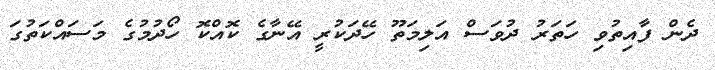
ދެން ފާއިތުވި ހަަތަރު ދުވަސް އަލިމަތޫ ހޭދަކުރީ އޭނާގެ ކޮއްކޮ ހޯދުމުގެ މަސައްކަތުގަ